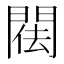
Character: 𨴿